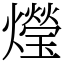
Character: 𤑚